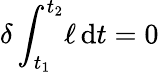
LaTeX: \delta\int_{t_{1}}^{t_{2}}\! \ell\, \mathrm{d}t=0